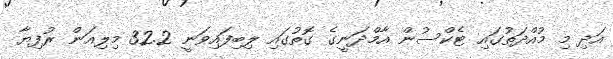
އަދި މި މުއްދަތުގައި ޓެކްސުން އާމްދަނީގެ ގޮތުގައި ލިބިފައިވަނީ 32.2 މިލިއަން ރުފިޔާ